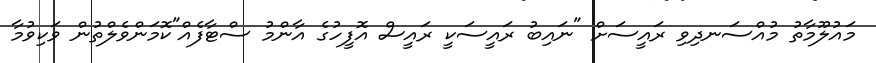
މައުލޫމާތު މުއްސަނދިވި ރައީސަށް "ނައިބު ރައީސަކީ ރައީސް އޮފީހުގެ އާންމު ސްޓާފެއް"ކޮމަންވެލްތުން ވަކިވުމާ